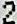
2